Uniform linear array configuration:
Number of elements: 48
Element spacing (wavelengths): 0.5
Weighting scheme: blackman
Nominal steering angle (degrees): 30
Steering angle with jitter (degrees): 30.802
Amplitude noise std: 0.05
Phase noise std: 0.05

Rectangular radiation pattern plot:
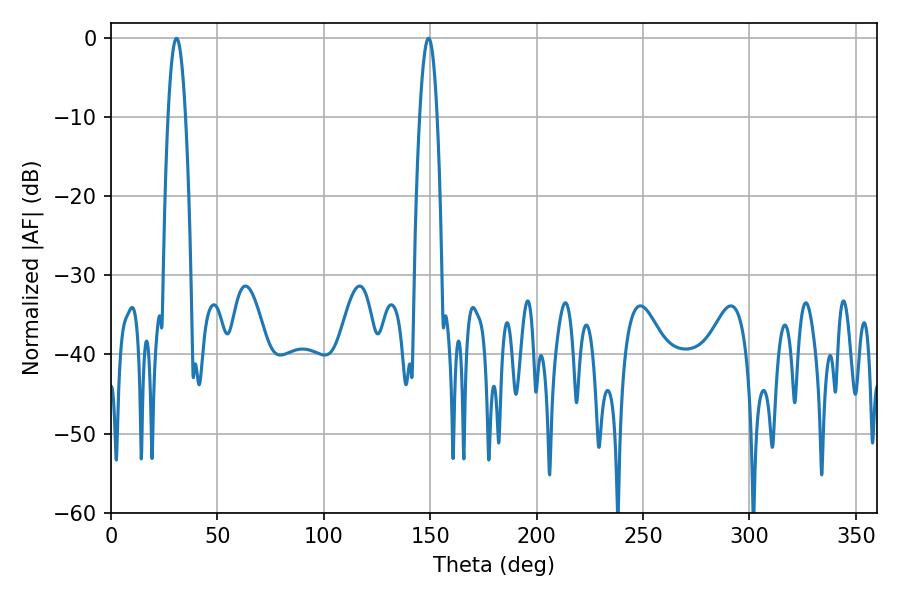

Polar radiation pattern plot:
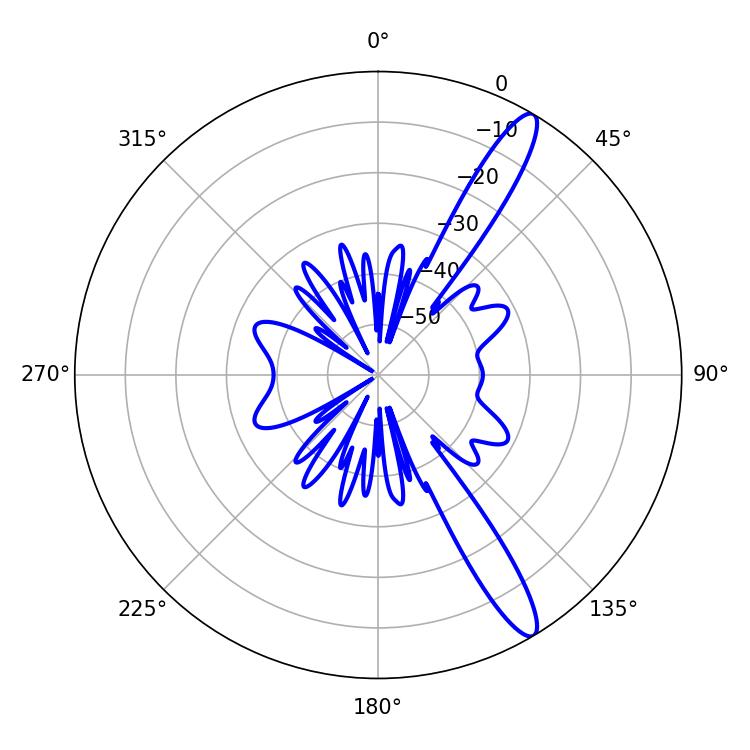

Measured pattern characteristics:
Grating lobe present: FALSE
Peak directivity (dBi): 13.585
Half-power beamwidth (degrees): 4.5
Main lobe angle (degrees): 30.78